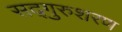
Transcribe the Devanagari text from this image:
सद्गुरुशरण